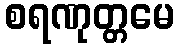
စရဏုတ္တမေ